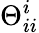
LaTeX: \Theta_{ii}^{i}